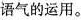
语气的运用。